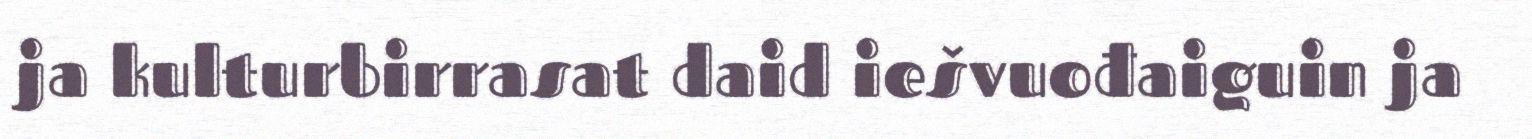
ja kulturbirrasat daid iešvuođaiguin ja